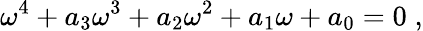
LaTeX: {\omega}^{4}+a_{3}{\omega}^{3}+a_{2}{\omega}^{2}+a_{1}{\omega}+a_{0}=0\; ,